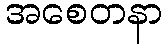
အစေတနာ